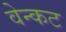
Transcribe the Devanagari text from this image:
वेन्कट